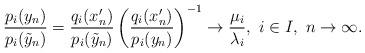
LaTeX: \begin{align*}\frac{p_i(y_n)}{p_i(\tilde{y}_n)} = \frac{q_i(x_n')}{p_i(\tilde{y}_n)} \left(\frac{q_i(x_n')}{p_i(y_n)}\right)^{-1} \to \frac{\mu_i}{\lambda_i}, \ i \in I, \ n \to \infty.\end{align*}